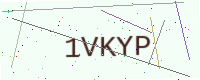
Text: 1VKYP